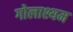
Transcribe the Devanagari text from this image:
गोलाश्यम